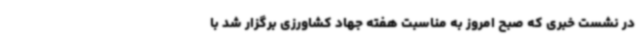
در نشست خبری که صبح امروز به مناسبت هفته جهاد کشاورزی برگزار شد با